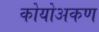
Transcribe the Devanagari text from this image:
कोयोअकण